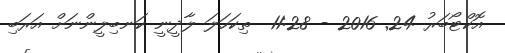
އޮކްޓޯބަރު 24